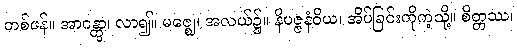
တစ်ဖန်။ အာဂန္တွာ၊ လာ၍။ မဇ္ဈေ၊ အလယ်၌။ နိပဇ္ဇနံဝိယ၊ အိပ်ခြင်းကိုကဲ့သို့။ စိတ္တဿ၊